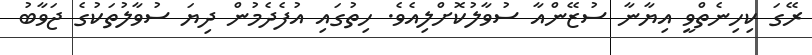
ރޭގަ ކިހިނެތްވީ އިޔާނާ ސުޒޭންއާ ސުވާލުކޮށްލިއެވެ. ހިތުގައި އުފެދެމުން ދިޔަ ސުވާލުތަކުގެ ޖަވާބު